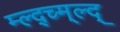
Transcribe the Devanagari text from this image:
म्ल्द्च्म्ल्द्